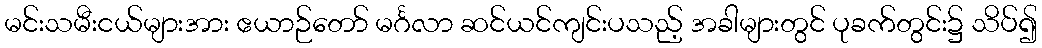
မင်းသမီးငယ်များအား ဧယာဉ်တော် မင်္ဂလာ ဆင်ယင်ကျင်းပသည့် အခါများတွင် ပုခက်တွင်း၌ သိပ်၍